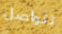
تتواصل